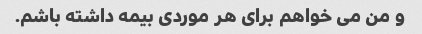
و من می خواهم برای هر موردی بیمه داشته باشم.